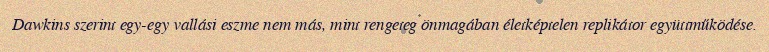
Dawkins szerint egy-egy vallási eszme nem más, mint rengeteg önmagában életképtelen replikátor együttműködése.